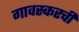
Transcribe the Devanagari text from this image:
गावस्करची